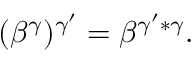
( \beta ^ { \gamma } ) ^ { \gamma ^ { \prime } } = \beta ^ { \gamma ^ { \prime } * \gamma } .